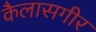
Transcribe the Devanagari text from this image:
कैलासगीर